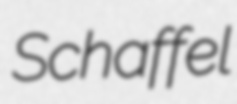
Schaffel